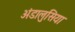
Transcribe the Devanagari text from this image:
अंडालुसिया